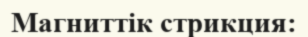
Магниттік стрикция: